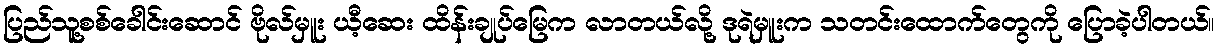
ပြည်သူ့စစ်ခေါင်းဆောင် ဗိုလ်မှူး ယီ့ဆေး ထိန်းချုပ်မြေက လာတယ်လို့ ဒုရဲမှူးက သတင်းထောက်တွေကို ပြောခဲ့ပါတယ်။